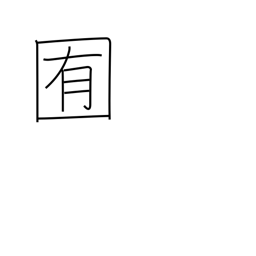
Meaning: pasture